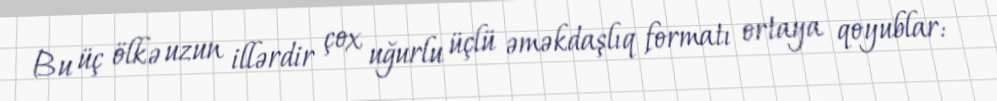
Bu üç ölkə uzun illərdir çox uğurlu üçlü əməkdaşlıq formatı ortaya qoyublar: